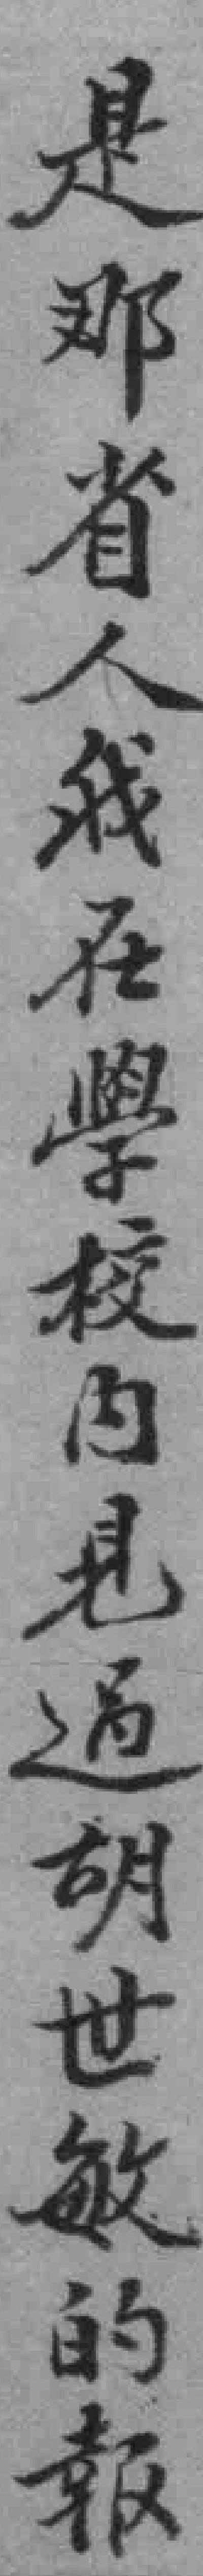
是那省人我在學校内見過胡世敏的報